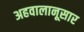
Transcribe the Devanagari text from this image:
अहवालानूसार